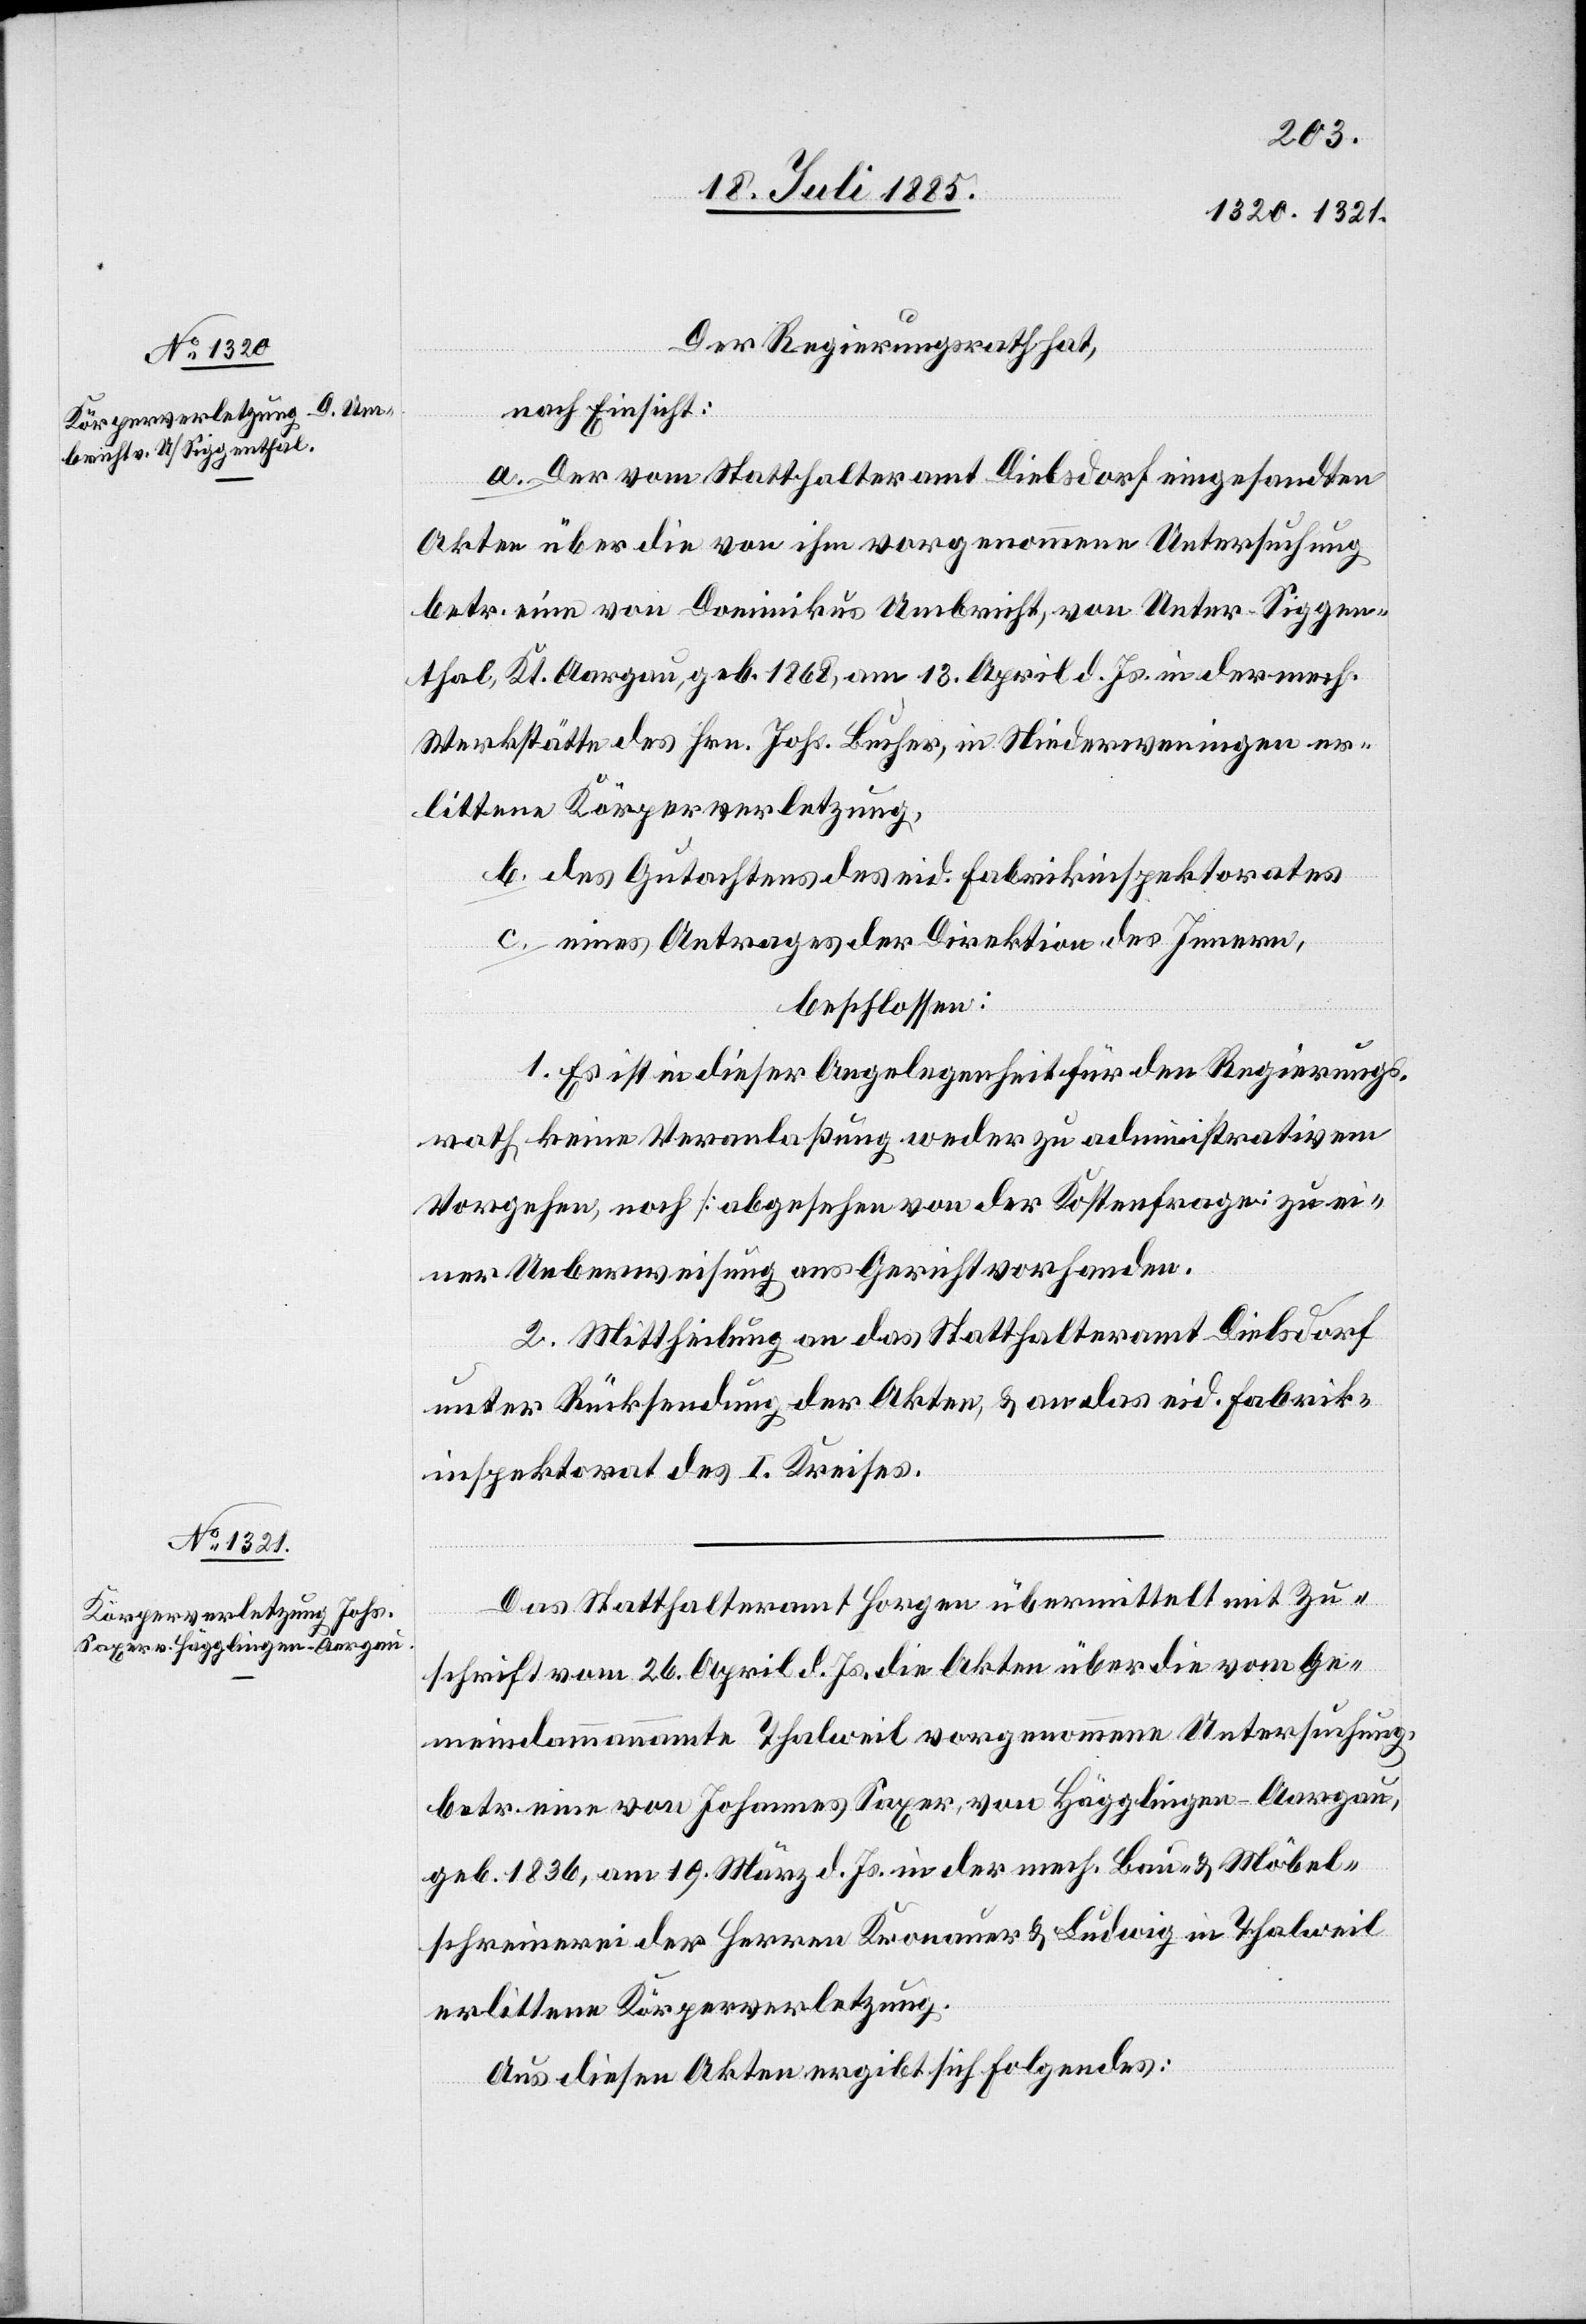
Der Regierungsrath hat,
nach Einsicht:
a. Der vom Statthalteramt Dielsdorf eingesandten
Akten über die von ihm vorgenommene Untersuchung
betr. eine von Dominikus Umbricht, von Unter-Siggen¬
thal, Kt. Aargau, geb. 1868, am 13. April d. Js. in der mech.
Werkstätte des Hrn. Johs. Bucher, in Niederweningen er¬
littene Körperverletzung,
b. des Gutachtens des eid. Fabrikinspektorates
c. eines Antrages der Direktion des Innern,
beschlossen:
1. Es ist in dieser Angelegenheit für den Regierungs¬
rath keine Veranlaßung weder zu administrativen
Vorgehen, noch [abgesehen von der Kostenfrage] zu ei¬
ner Ueberweisung ans Gericht vorhanden.
2. Mittheilung an das Statthalteramt Dielsdorf
unter Rücksendung der Akten, & an das eid. Fabrik¬
inspektorat des I. Kreises.
Das Statthalteramt Horgen übermittelt mit Zu¬
schrift vom 26. April d. Js. die Akten über die vom Ge¬
meindeammannamte Thalweil vorgenommene Untersuchung
betr. eine von Johannes Saxer, von Hägglingen - Aargau,
geb. 1836, am 19. März d. Js. in der mech. Bau- & Möbel¬
schreinerei der Herren Kronauer & Ludwig in Thalweil
erlittene Körperverletzung.
Aus diesen Akten ergibt sich Folgendes: